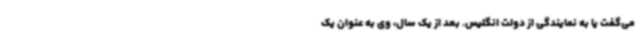
می‌گفت یا به نمایندگی از دولت انگلیس. بعد از یک سال، وی به عنوان یک